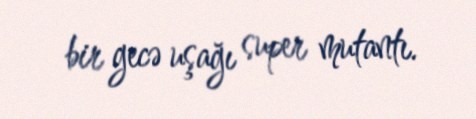
bir gecə uşağı super mutantı.